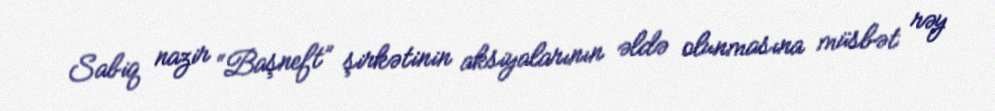
Sabiq nazir “Başneft” şirkətinin aksiyalarının əldə olunmasına müsbət rəy